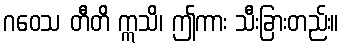
ဂဝေသ တီတိ ဣသိ၊ ဤကား သီးခြားတည်း။